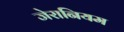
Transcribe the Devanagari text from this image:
जेरानियम